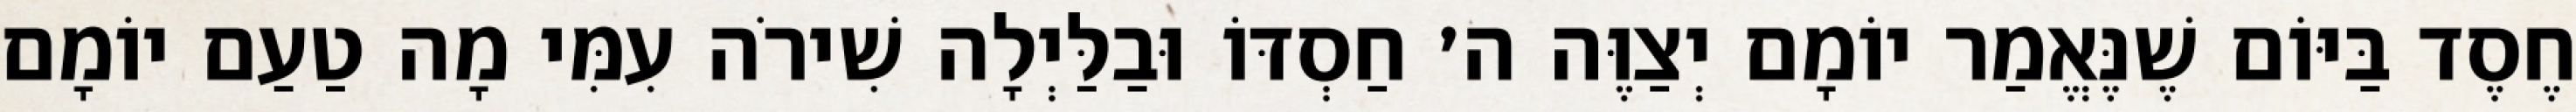
חֶסֶד בַּיּוֹם שֶׁנֶּאֱמַר יוֹמָם יְצַוֶּה ה׳ חַסְדּוֹ וּבַלַּיְלָה שִׁירֹה עִמִּי מָה טַעַם יוֹמָם